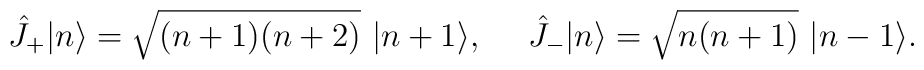
\hat J_+|n\rangle = \sqrt{(n+1)(n+2)}~|n+1\rangle,~~~~\hat J_-|n\rangle = \sqrt{n(n+1)}~|n-1\rangle .